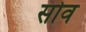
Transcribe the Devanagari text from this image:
सोव